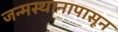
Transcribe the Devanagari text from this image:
जन्मस्थानापासून